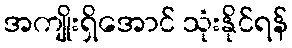
အကျိုးရှိအောင် သုံးနိုင်ရန်